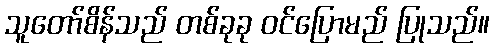
သူတော်စိန်သည် တစ်ခုခု ဝင်ပြောမည် ပြုသည်။